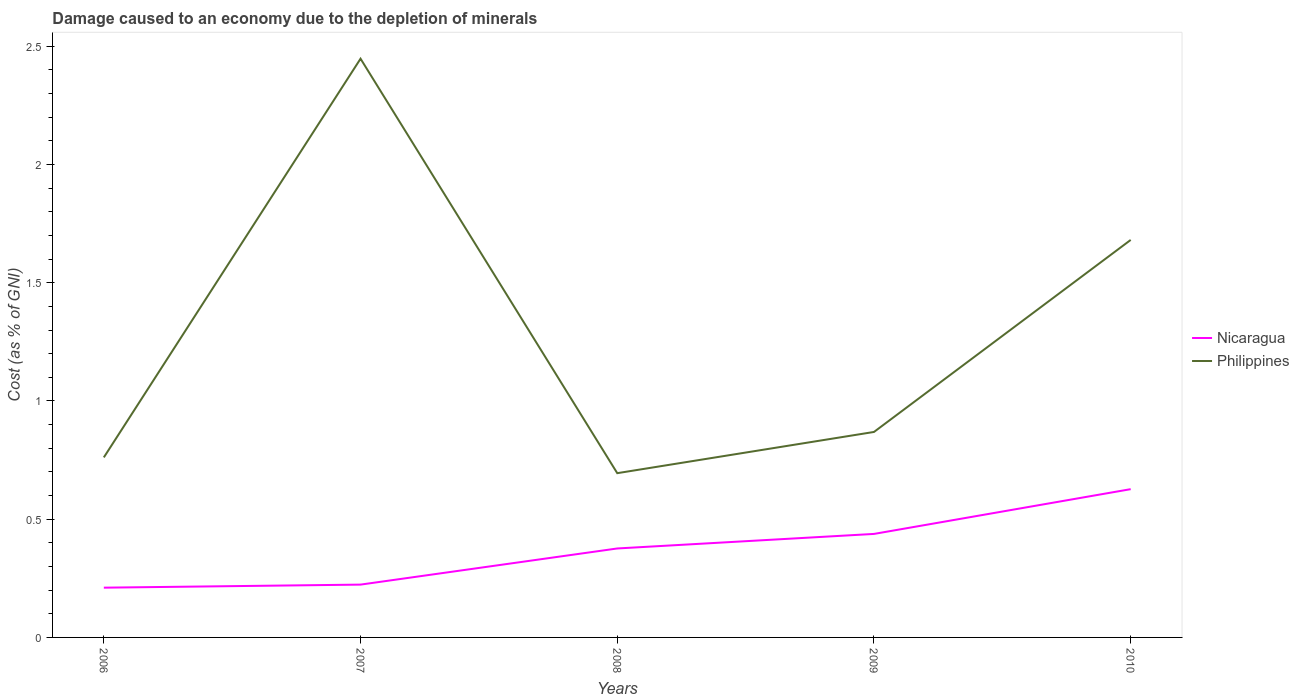
| Years | Nicaragua | Philippines |
 | --- | --- | --- |
 | 2006 | 0.21 | 0.761 |
 | 2007 | 0.223 | 2.45 |
 | 2008 | 0.376 | 0.695 |
 | 2009 | 0.438 | 0.869 |
 | 2010 | 0.627 | 1.68 |